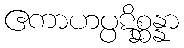
ဧကာဟပ္ပဋိစ္ဆန္နာ